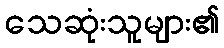
သေဆုံးသူများ၏